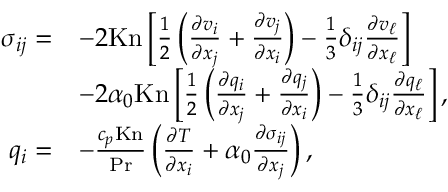
\begin{array} { r l } { \sigma _ { i j } = } & { - 2 \mathrm { K n } \left[ \frac { 1 } { 2 } \left( \frac { \partial v _ { i } } { \partial x _ { j } } + \frac { \partial v _ { j } } { \partial x _ { i } } \right) - \frac { 1 } { 3 } \delta _ { i j } \frac { \partial v _ { \ell } } { \partial x _ { \ell } } \right] } \\ & { - 2 \alpha _ { 0 } \mathrm { K n } \left[ \frac { 1 } { 2 } \left( \frac { \partial q _ { i } } { \partial x _ { j } } + \frac { \partial q _ { j } } { \partial x _ { i } } \right) - \frac { 1 } { 3 } \delta _ { i j } \frac { \partial q _ { \ell } } { \partial x _ { \ell } } \right] , } \\ { q _ { i } = } & { - \frac { c _ { p } \mathrm { K n } } { \mathrm { P r } } \left( \frac { \partial T } { \partial x _ { i } } + \alpha _ { 0 } \frac { \partial \sigma _ { i j } } { \partial x _ { j } } \right) , } \end{array}